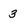
Character: 3